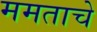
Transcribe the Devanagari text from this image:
ममताचे